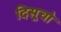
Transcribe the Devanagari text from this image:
दिसूचो